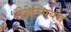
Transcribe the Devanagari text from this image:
लैग्रेन्गियन